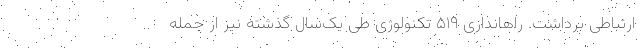
ارتباطی برداشت. راهاندازی ۵١٩ تکنولوژی طی یک‌سال گذشته نیز از جمله